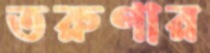
তরুণার